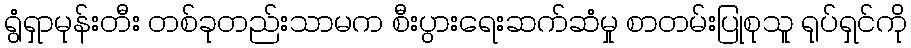
ရွံရှာမုန်းတီး တစ်ခုတည်းသာမက စီးပွားရေးဆက်ဆံမှု စာတမ်းပြုစုသူ ရုပ်ရှင်ကို